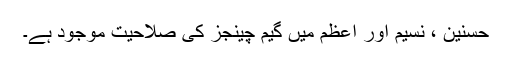
حسنین ، نسیم اور اعظم میں گیم چینجز کی صلاحیت موجود ہے۔